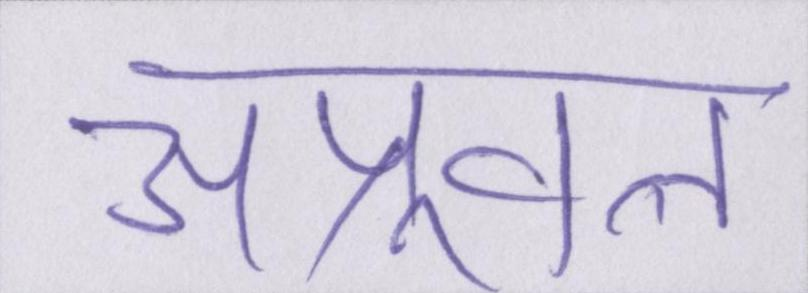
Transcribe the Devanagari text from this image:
अप्रूवल